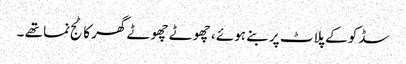
سڈکو کے پلاٹ پر بنے ہوئے ، چھوٹے چھوٹے گھر کاٹج نما تھے ۔